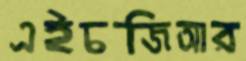
এইচজিআর